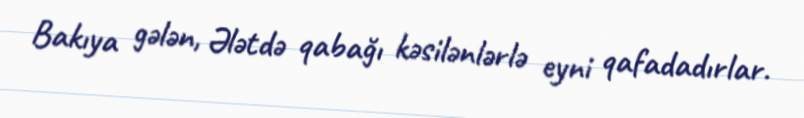
Bakıya gələn, Ələtdə qabağı kəsilənlərlə eyni qafadadırlar.